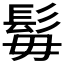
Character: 𩬍